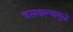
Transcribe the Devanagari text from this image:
बसवल्यामुळे